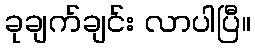
ခုချက်ချင်း လာပါပြီ။